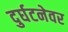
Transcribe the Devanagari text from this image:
दुर्घटनेवर